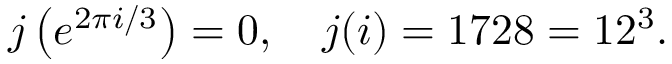
j \left( e ^ { 2 \pi i / 3 } \right) = 0 , \quad j ( i ) = 1 7 2 8 = 1 2 ^ { 3 } .